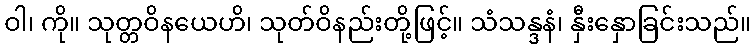
ဝါ၊ ကို။ သုတ္တဝိနယေဟိ၊ သုတ်ဝိနည်းတို့ဖြင့်။ သံသန္ဒနံ၊ နှီးနှောခြင်းသည်။